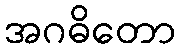
အဂဓိတော